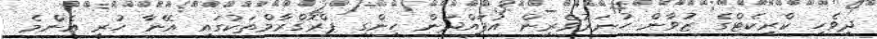
ދިވެހި ކްރިކެޓްގެ ޒުވާން ހުނަރުވެރިން އުފައްދަން ހިންގި ޕްރޮގްރާމްތަކުގައި އޭނާ ހުރީ އެންމެ